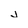
Character: j